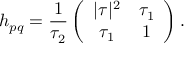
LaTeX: h _ { p q } = \frac { 1 } { \tau _ { 2 } } \left( \begin{array} { c c } { { | \tau | ^ { 2 } } } & { { \tau _ { 1 } } } \\ { { \tau _ { 1 } } } & { { 1 } } \end{array} \right) .